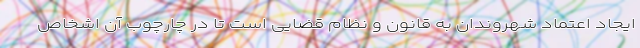
ایجاد اعتماد شهروندان به قانون و نظام قضایی است تا در چارچوب آن اشخاص